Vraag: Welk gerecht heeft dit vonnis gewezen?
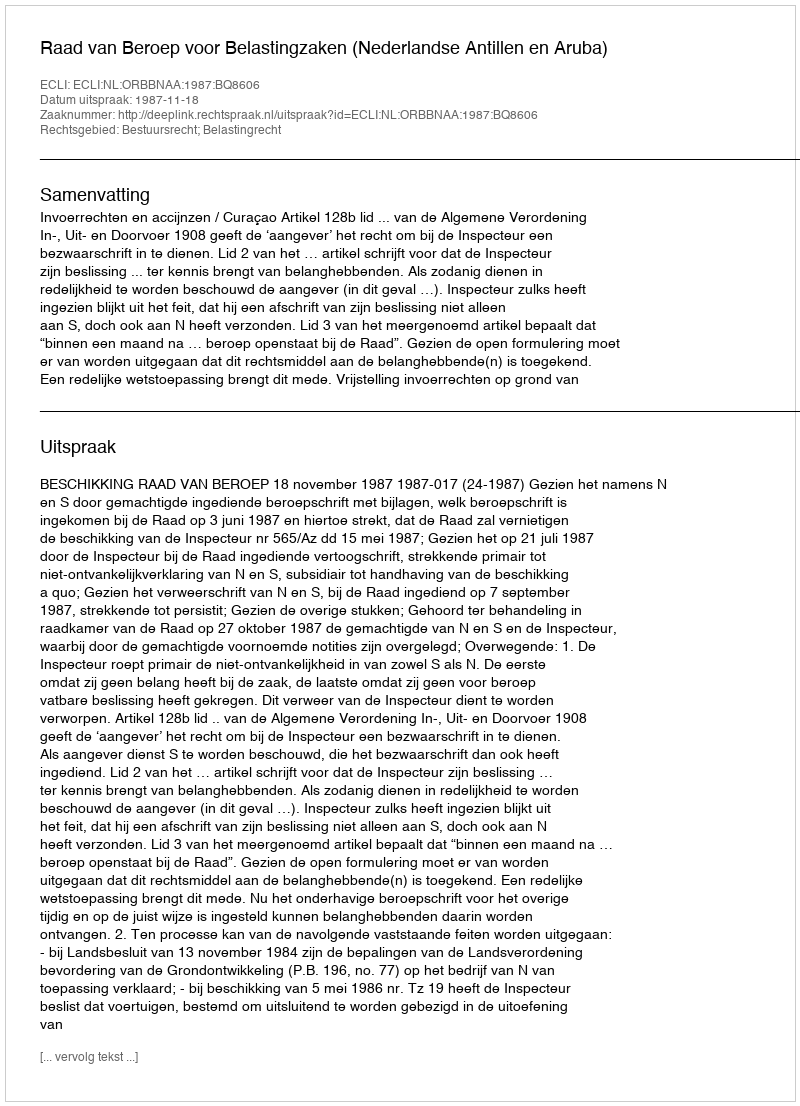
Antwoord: Raad van Beroep voor Belastingzaken (Nederlandse Antillen en Aruba)